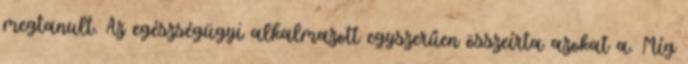
megtanult. Az egészségügyi alkalmazott egyszerűen összeírta azokat a. Míg